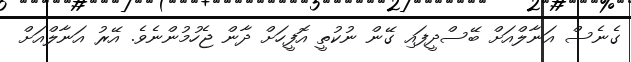
ގެނެސް އަނާލްއަށް ބޭސްދީފައި ގޭން ނުކުތީ އޮފީހަށް ދާން ޖެހުމުންނެވެ. އޭރު އަނާލްއަށް